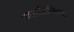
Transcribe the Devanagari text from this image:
जमाहिरिया